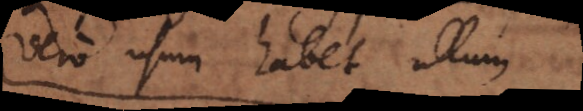
vero usum habet ullum